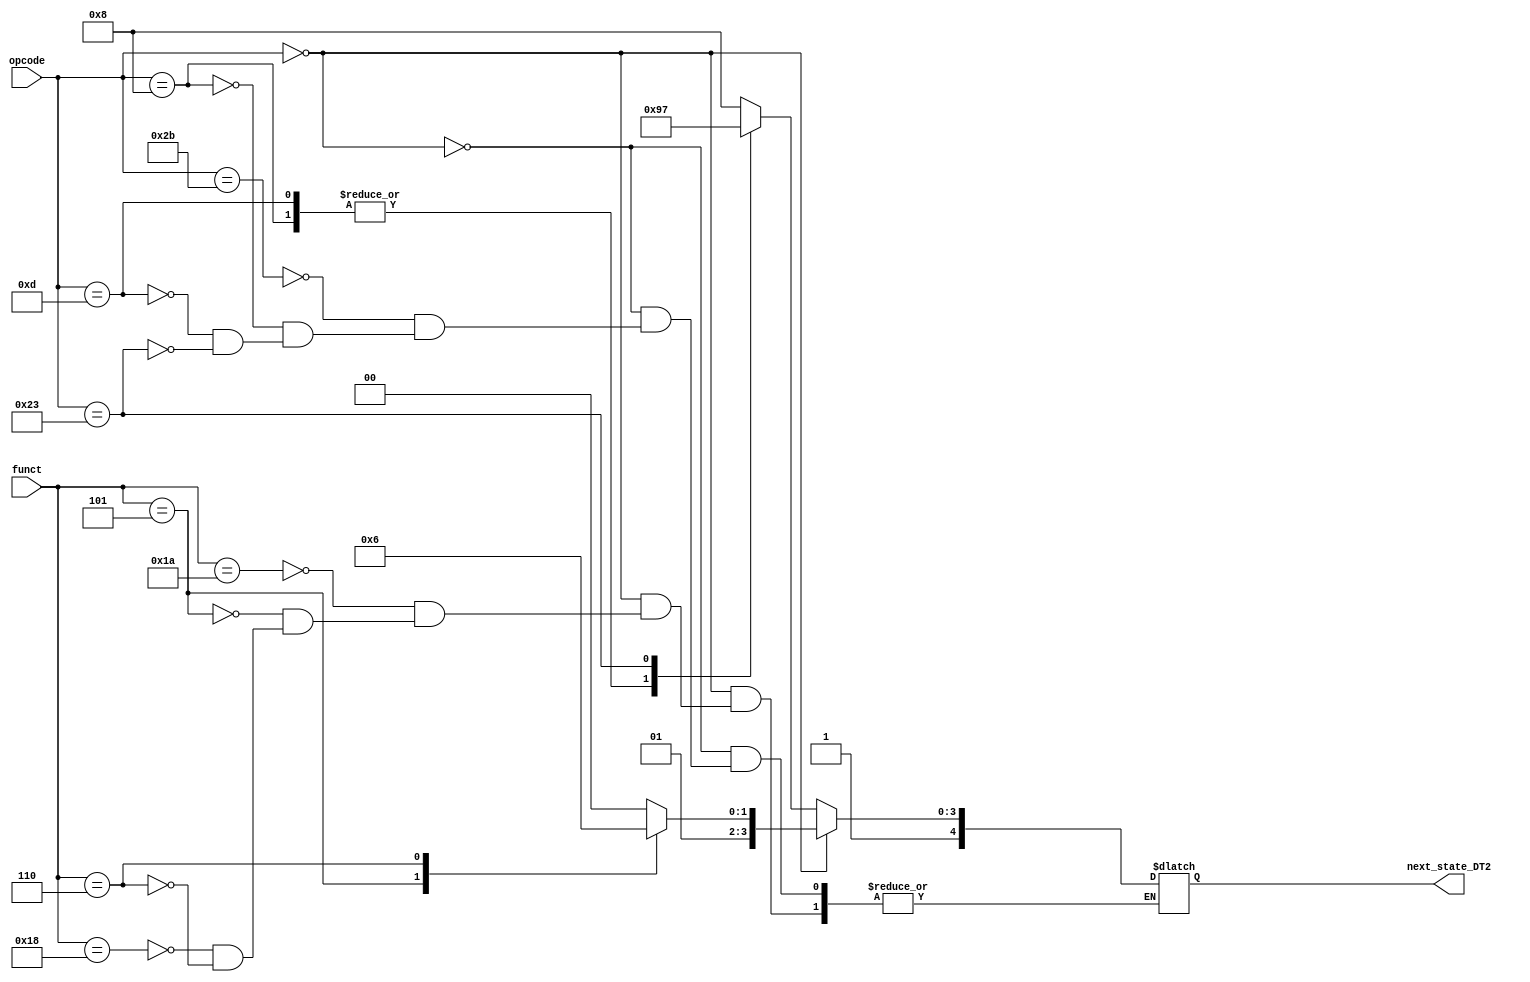
module dispatch2(opcode,funct,next_state_DT2);

input[5:0] funct;
input[5:0] opcode;
output reg[4:0] next_state_DT2;

always@(*)
begin
if(opcode == 6'b000000)
begin
	case(funct)
	6'b011010 : next_state_DT2 = 5'd20; //div
	6'b000101 : next_state_DT2 = 5'd21; //madd
	6'b011000 : next_state_DT2 = 5'd20; //mult
	6'b000110 : next_state_DT2 = 5'd22; //msub
	endcase
end

else
begin
	case(opcode)
	6'b101011 : next_state_DT2 = 5'd24; //sw
	6'b001000 : next_state_DT2 = 5'd25; //addi
	6'b001101 : next_state_DT2 = 5'd25; //ori
	6'b100011 : next_state_DT2 = 5'd23; //lw
	endcase
end

end
endmodule